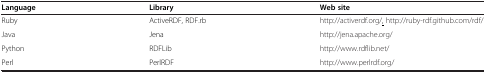
<table><thead><tr><td><b>Language</b></td><td><b>Library</b></td><td><b>Web site</b></td></tr></thead><tbody><tr><td>Ruby</td><td>ActiveRDF, RDF.rb</td><td>http://activerdf.org/<underline>,</underline>http://ruby-rdf.github.com/rdf/</td></tr><tr><td>Java</td><td>Jena</td><td>http://jena.apache.org/</td></tr><tr><td>Python</td><td>RDFLib</td><td>http://www.rdflib.net/</td></tr><tr><td>Perl</td><td>PerlRDF</td><td>http://www.perlrdf.org/</td></tr></tbody></table>